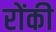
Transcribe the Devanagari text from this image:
रोंकी